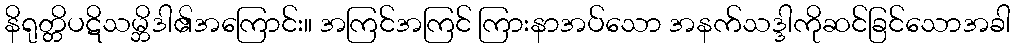
နိရုတ္တိပဋိသမ္ဘိဒါ၏အကြောင်း။ အကြင်အကြင် ကြားနာအပ်သော အနက်သဒ္ဒါကိုဆင်ခြင်သောအခါ